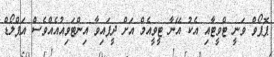
ޕޮޕޯވް ވަނީ ޓްވީޓާއި އެކު އޭނާ ޓީވީއެމް އަށް ދީފައިވާ އިންޓަވިއުއެއްވެސް އަޕްލޯޑް